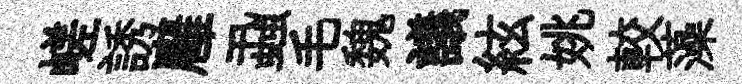
嵯誘廱蝨毛魏議絃姚較藻